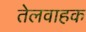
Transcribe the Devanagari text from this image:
तेलवाहक